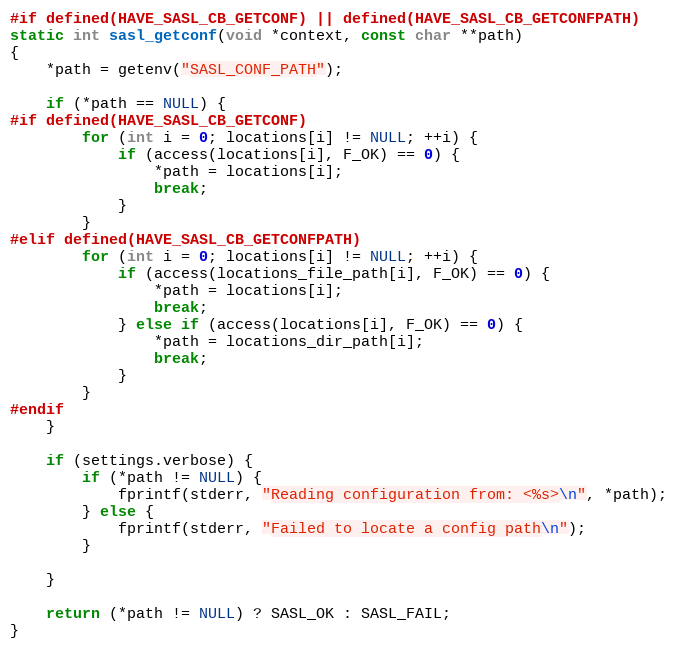
Language: C
#if defined(HAVE_SASL_CB_GETCONF) || defined(HAVE_SASL_CB_GETCONFPATH)
static int sasl_getconf(void *context, const char **path)
{
    *path = getenv("SASL_CONF_PATH");

    if (*path == NULL) {
#if defined(HAVE_SASL_CB_GETCONF)
        for (int i = 0; locations[i] != NULL; ++i) {
            if (access(locations[i], F_OK) == 0) {
                *path = locations[i];
                break;
            }
        }
#elif defined(HAVE_SASL_CB_GETCONFPATH)
        for (int i = 0; locations[i] != NULL; ++i) {
            if (access(locations_file_path[i], F_OK) == 0) {
                *path = locations[i];
                break;
            } else if (access(locations[i], F_OK) == 0) {
                *path = locations_dir_path[i];
                break;
            }
        }
#endif
    }

    if (settings.verbose) {
        if (*path != NULL) {
            fprintf(stderr, "Reading configuration from: <%s>\n", *path);
        } else {
            fprintf(stderr, "Failed to locate a config path\n");
        }

    }

    return (*path != NULL) ? SASL_OK : SASL_FAIL;
}